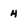
Character: 4